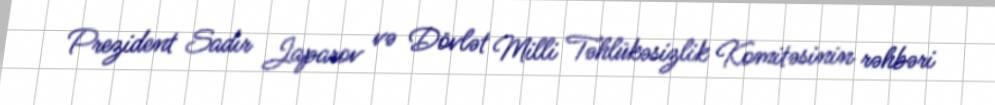
Prezident Sadır Japarov və Dövlət Milli Təhlükəsizlik Komitəsinin rəhbəri